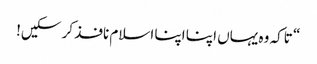
“ تاکہ وہ یہاں اپنا اپنا اسلام نافذ کر سکیں!